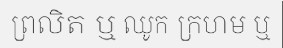
ព្រលិត ឬ ឈូក ក្រហម ឬ